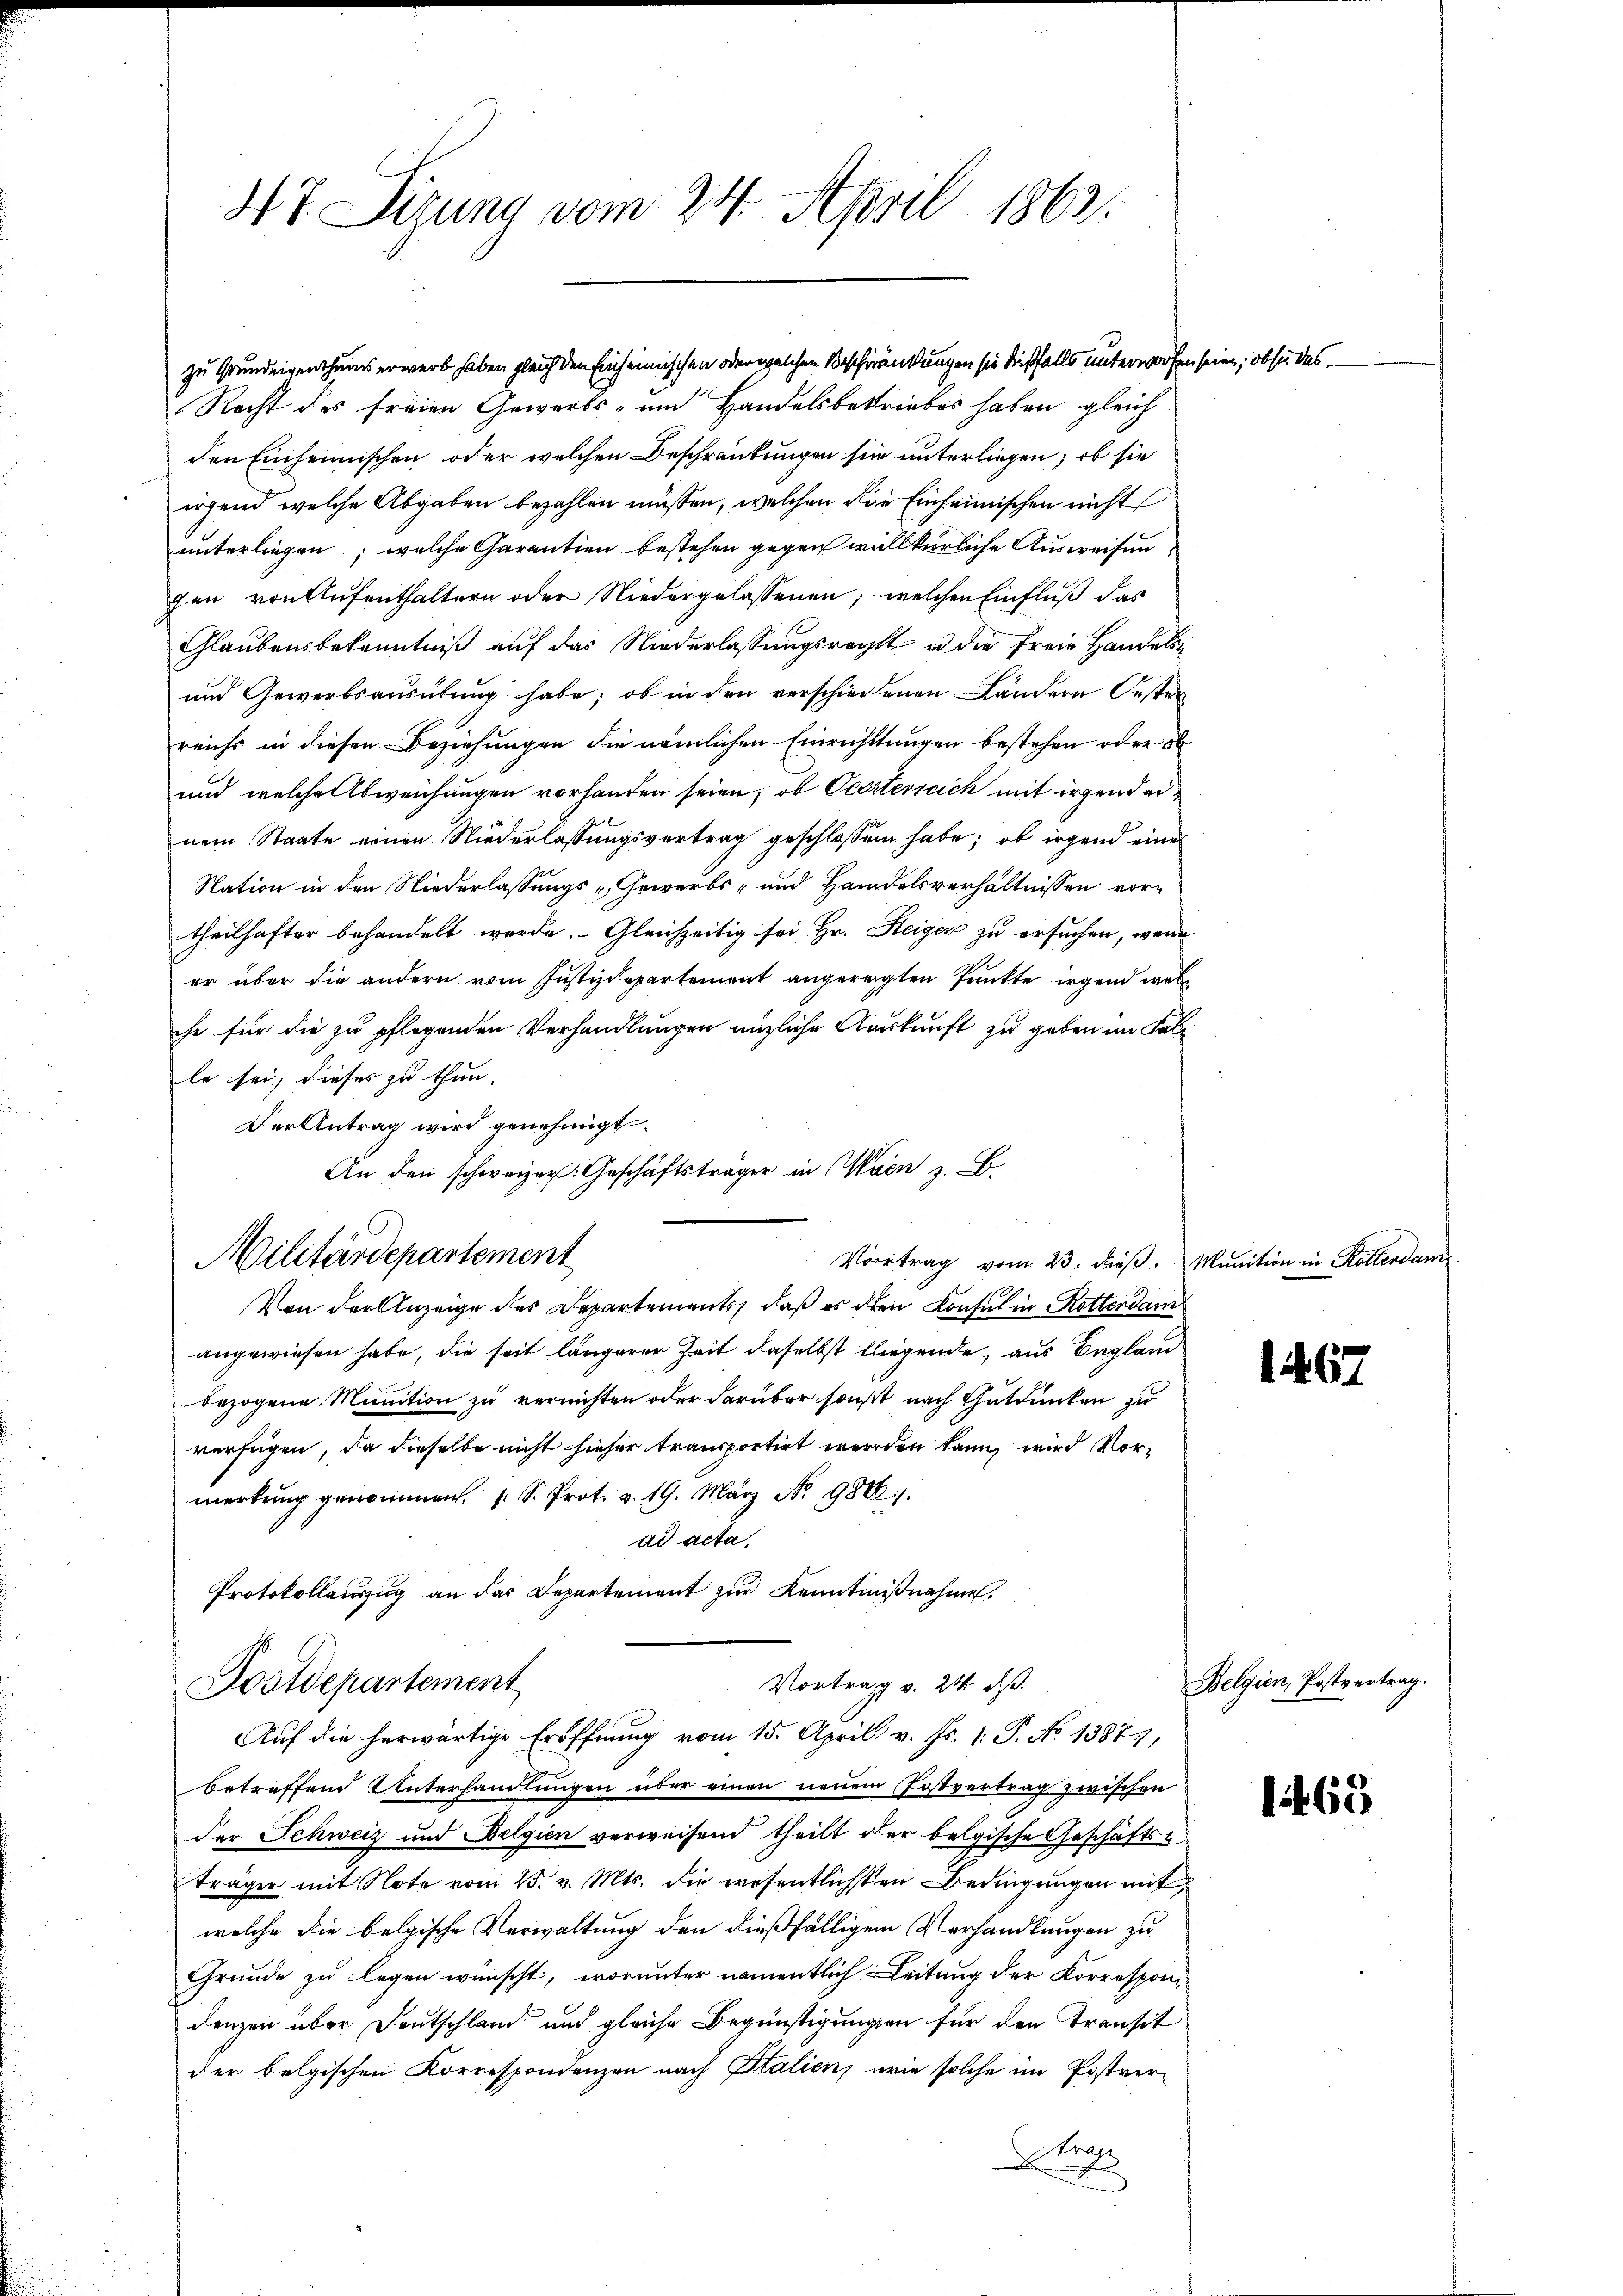
47. Sizung vom 24. April 1862.

Recht des freien Gewerbs- und Handelsbetriebes haben gleich
den Einheimischen oder welchen Beschränkungen sie unterliegen, ob sie
irgend welche Abgaben bezahlen müssen, welchen die Einheimischen nicht
unterliegen, welche Garantien bestehen gegen willkürliche Ausweisen
gen von Aufenthaltern oder Niedergelassenen, welchen Einfluß das
Glaubensbekenntniß auf das Niederlassungsrecht u die freie Handels
und Gewerbsausübung habe; ob in den verschiedenen Ländern Oester
reichs in diesen Beziehungen die nämlichen Einrichttungen bestehen oder
und welche Abweichungen vorhanden seien, ob Ocerterreich mit irgender
nem Staate einen Niederlassungsvertrag geschlossen habe; ob irgend eine
Nation in den Niederlassungs-Gewerbs- und Handelsverhältnissen vortheilhafter behandelt werde. Gleichzeitig sei Hr. Steiger zu ersuchen, wenn
er über die andern vom Justizdepartement angeregten Punkte irgend welche für die zu pflegenden Verhandlungen änzliche Auskunft zu geben im Falle sei, dieses zu thun. |
Der Antrag wird genehmigt.
An den schweizer. Geschäftsträger in Wien z. B.
Von der Anzeige des Departements, daß es den Konsul in Retterdam
angewiesen habe, die seit längerer Zeit daselbst liegende, aus England
bezogene Munition zu vernichten oder darüber sonst nach Gutdünken zu
verfügen, da dieselbe nicht hieher transportirt werden kann, wird Vormerkung genommen. (S. Prot. v. 19. März Nr. 988.
ad acta,
Protokollauszug an das Departement zur Kenntnißnahme
Vortrag v. 24. ds.
Postdepartement
Auf die herwärtige Eröffnung vom 15. April v. Js. (: P. No 1387),
betreffend Unterhandlungen über einen neuem Postvertrag zwischen
der Schweiz und Belgien verweisend theilt der belgische Geschäftsträger mit Note vom 25. v. Mts. die wesentlichsten Bedingungen mit
welche die belgische Verwaltung den dießfälligem Verhandlungen zu
Grunde zu legen wünscht, worunter namentlich Leitung der Korrespondenzen über Deutschland und gleiche Begünstigungen für den Transit
der belgischen Korrespondenzen nach Italien, wie solche im Postver¬
Stre

Militärdepartement

zu Grundeigenthums erwerb haben gleich den Einheimischen oder welchen Beschränkungen sie dießfalls unterworfen seien; ob sie das

Vortrag vom 23. dieβ. Munition in Rotterdam

1467

Welsein Entvertung.

1469